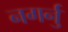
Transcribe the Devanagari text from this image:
नगर्नु